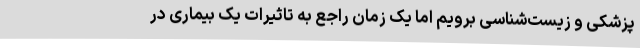
پزشکی و زیست‌شناسی برویم اما یک زمان راجع به تاثیرات یک بیماری در